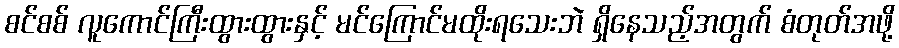
စင်စစ် လူကောင်ကြီးထွားထွားနှင့် မင်ကြောင်မထိုးရသေးဘဲ ရှိနေသည့်အတွက် စံတုတ်အဖို့